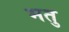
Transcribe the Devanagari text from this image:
मतु